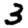
Digit: 3